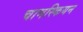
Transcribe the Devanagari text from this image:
चामस्कियन